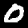
Label: 0